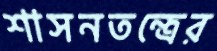
শাসনতন্ত্রের